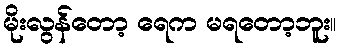
မိုးလွန်တော့ ရေက မရတော့ဘူး။